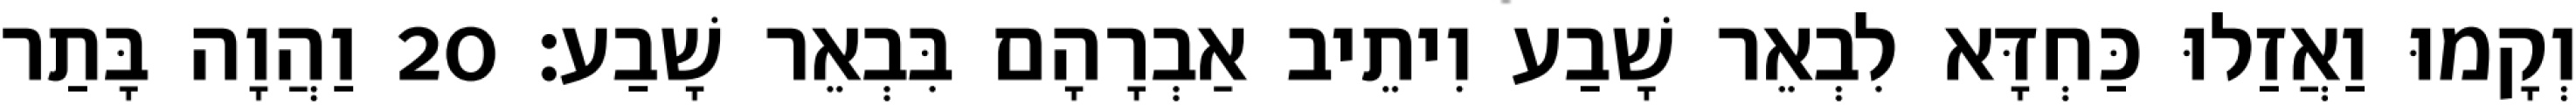
וְקָמוּ וַאֲזַלוּ כַּחְדָּא לִבְאֵר שָׁבַע וִיתֵיב אַבְרָהָם בִּבְאֵר שָׁבַע׃ 20 וַהֲוָה בָּתַר